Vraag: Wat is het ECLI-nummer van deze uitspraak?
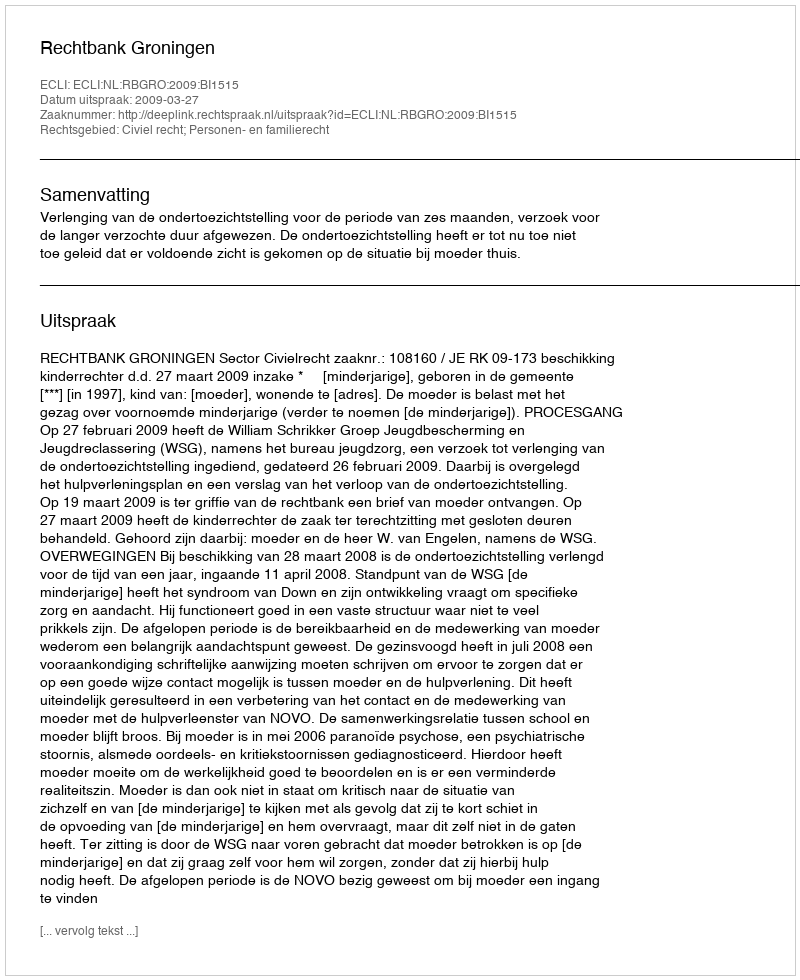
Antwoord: ECLI:NL:RBGRO:2009:BI1515